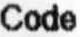
CODE